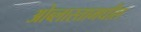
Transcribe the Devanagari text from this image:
ओब्लास्तामधील